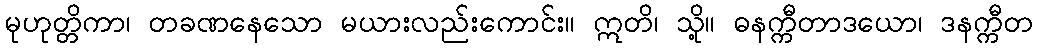
မုဟုတ္တိကာ၊ တခဏနေသော မယားလည်းကောင်း။ ဣတိ၊ သို့။ ဓနက္ကီတာဒယော၊ ဒနက္ကီတ